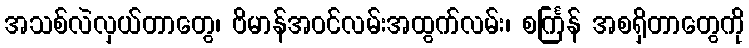
အသစ်လဲလှယ်တာတွေ၊ ဗိမာန်အဝင်လမ်းအထွက်လမ်း၊ စင်္ကြန် အစရှိတာတွေကို